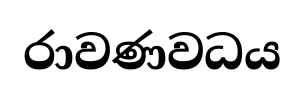
රාවණවධය